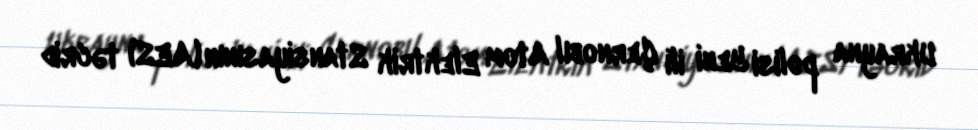
Ukrayna polisi Yeni ili Çernobıl Atom Elektrik Stansiyasının (AES) təcrid